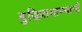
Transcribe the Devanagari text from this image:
बुद्धिप्रामाण्याची